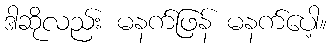
ဒါဆိုလည်း မနက်ဖြန် မနက်ပေါ့။